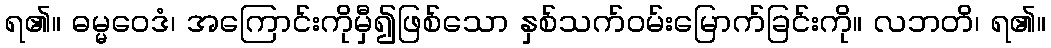
ရ၏။ ဓမ္မဝေဒံ၊ အကြောင်းကိုမှီ၍ဖြစ်သော နှစ်သက်ဝမ်းမြောက်ခြင်းကို။ လဘတိ၊ ရ၏။